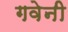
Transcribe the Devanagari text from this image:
गवेनी